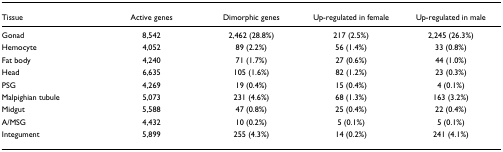
<table><thead><tr><td><b>Tissue</b></td><td><b>Active genes</b></td><td><b>Dimorphic genes</b></td><td><b>Up-regulated in female</b></td><td><b>Up-regulated in male</b></td></tr></thead><tbody><tr><td>Gonad</td><td>8,542</td><td>2,462 (28.8%)</td><td>217 (2.5%)</td><td>2,245 (26.3%)</td></tr><tr><td>Hemocyte</td><td>4,052</td><td>89 (2.2%)</td><td>56 (1.4%)</td><td>33 (0.8%)</td></tr><tr><td>Fat body</td><td>4,240</td><td>71 (1.7%)</td><td>27 (0.6%)</td><td>44 (1.0%)</td></tr><tr><td>Head</td><td>6,635</td><td>105 (1.6%)</td><td>82 (1.2%)</td><td>23 (0.3%)</td></tr><tr><td>PSG</td><td>4,269</td><td>19 (0.4%)</td><td>15 (0.4%)</td><td>4 (0.1%)</td></tr><tr><td>Malpighian tubule</td><td>5,073</td><td>231 (4.6%)</td><td>68 (1.3%)</td><td>163 (3.2%)</td></tr><tr><td>Midgut</td><td>5,588</td><td>47 (0.8%)</td><td>25 (0.4%)</td><td>22 (0.4%)</td></tr><tr><td>A/MSG</td><td>4,432</td><td>10 (0.2%)</td><td>5 (0.1%)</td><td>5 (0.1%)</td></tr><tr><td>Integument</td><td>5,899</td><td>255 (4.3%)</td><td>14 (0.2%)</td><td>241 (4.1%)</td></tr></tbody></table>